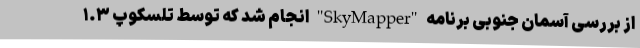
از بررسی آسمان جنوبی برنامه "SkyMapper" انجام شد که توسط تلسکوپ ۱.۳